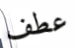
عطف